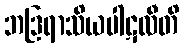
ဘဒြရာသိယပါဋလီတိ